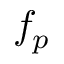
f _ { p }